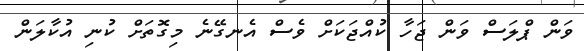
ވަން ޕްލަސް ވަން ޖަހާ ކުއްޖަކަށް ވެސް އެނގޭނެ މިގޮތަށް ކުނި އުކާލަން